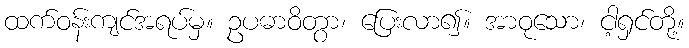
ထက်ဝန်းကျင်အရပ်မှ။ ဥပဓာဝိတွာ၊ ပြေးလာ၍။ အာဝုသော၊ ငါ့ရှင်တို့။